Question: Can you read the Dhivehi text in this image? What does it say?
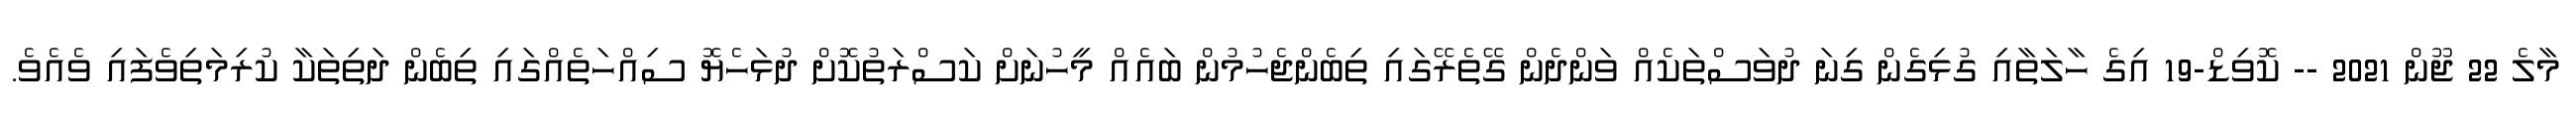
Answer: މާލެ 22 ޖޫން 2021 -- ކޮވިޑް-19 އިގެ ހާލަތާއި ގުޅިގެން ގިނަ ދުވަސްތަކެއް ވަންދެން ގޭތެރޭގައި ތިބެންޖެހުމުން ބައެއް މީހުނަށް ކަސްރަތުކޮށް ދުޅަހެޔޮ ސިއްހަތެއްގައި ތިބެން ދަތިތަކާ ކުރިމަތިވެފައި ވެއެވެ.